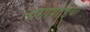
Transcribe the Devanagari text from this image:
लोगोपीडिया